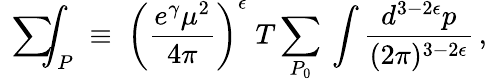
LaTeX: \mathrm{~\sum~}\! \! \! \! \! \! \int_{P}\; \equiv\; \left(\frac{e^{\gamma}\mu^{2}}{4\pi}\right)^{\epsilon}\; T\sum_{P_{0}}\: \int{\frac{d^{3-2\epsilon}p}{(2\pi)^{3-2\epsilon}}}\, ,